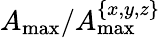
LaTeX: A_{\mathrm{max}}/A_{\mathrm{max}}^{\{ x,y,z\} }